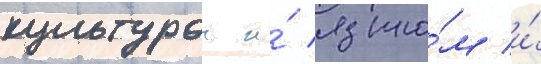
культурои и́ языко́м и́